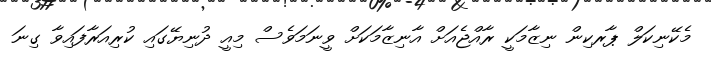
މެކޭނިކަލް ޕާރކިން ނިޒާމަކީ ރާއްޖެއަށް އާނިޒާމަކަށް ވީނަމަވެސް މިއީ ދުނިޔޭގައި ކުރިއަރާފައިވާ ގިނަ